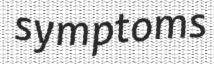
symptoms